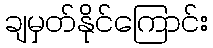
ချမှတ်နိုင်ကြောင်း